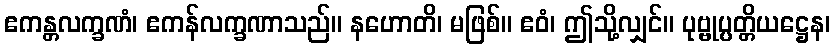
ဧကန္တလက္ခဏံ၊ ဧကန်လက္ခဏာသည်။ နဟောတိ၊ မဖြစ်။ ဧဝံ၊ ဤသို့လျှင်။ ပုဗ္ဗုပ္ပတ္တိယဋ္ဌေန၊